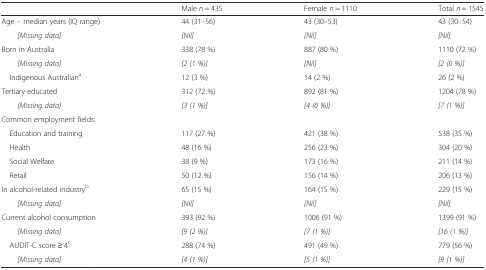
<table><thead><tr><td></td><td><b>Male <i>n</i> = 435</b></td><td><b>Female <i>n</i> = 1110</b></td><td><b>Total <i>n</i> = 1545</b></td></tr></thead><tbody><tr><td>Age – median years (IQ range)</td><td>44 (31–56)</td><td>43 (30–53)</td><td>43 (30–54)</td></tr><tr><td><i>[Missing data]</i></td><td><i>[Nil]</i></td><td><i>[Nil]</i></td><td><i>[Nil]</i></td></tr><tr><td>Born in Australia</td><td>338 (78 %)</td><td>887 (80 %)</td><td>1110 (72 %)</td></tr><tr><td><i>[Missing data]</i></td><td><i>[2 (1 %)]</i></td><td><i>[Nil]</i></td><td><i>[2 (0 %)]</i></td></tr><tr><td> Indigenous Australian<sup>a</sup></td><td>12 (3 %)</td><td>14 (2 %)</td><td>26 (2 %)</td></tr><tr><td>Tertiary educated</td><td>312 (72 %)</td><td>892 (81 %)</td><td>1204 (78 %)</td></tr><tr><td><i>[Missing data]</i></td><td><i>[3 (1 %)]</i></td><td><i>[4 (0 %)]</i></td><td><i>[7 (1 %)]</i></td></tr><tr><td colspan="4">Common employment fields:</td></tr><tr><td> Education and training</td><td>117 (27 %)</td><td>421 (38 %)</td><td>538 (35 %)</td></tr><tr><td> Health</td><td>48 (16 %)</td><td>256 (23 %)</td><td>304 (20 %)</td></tr><tr><td> Social Welfare</td><td>38 (9 %)</td><td>173 (16 %)</td><td>211 (14 %)</td></tr><tr><td> Retail</td><td>50 (12 %)</td><td>156 (14 %)</td><td>206 (13 %)</td></tr><tr><td>In alcohol-related industry<sup>b</sup></td><td>65 (15 %)</td><td>164 (15 %)</td><td>229 (15 %)</td></tr><tr><td><i>[Missing data]</i></td><td><i>[Nil]</i></td><td><i>[Nil]</i></td><td><i>[Nil]</i></td></tr><tr><td>Current alcohol consumption</td><td>393 (92 %)</td><td>1006 (91 %)</td><td>1399 (91 %)</td></tr><tr><td><i>[Missing data]</i></td><td><i>[9 (2 %)]</i></td><td><i>[7 (1 %)]</i></td><td><i>[16 (1 %)]</i></td></tr><tr><td> AUDIT-C score ≥ 4<sup>c</sup></td><td>288 (74 %)</td><td>491 (49 %)</td><td>779 (56 %)</td></tr><tr><td><i>[Missing data]</i></td><td><i>[4 (1 %)]</i></td><td><i>[5 (1 %)]</i></td><td><i>[9 (1 %)]</i></td></tr></tbody></table>